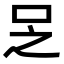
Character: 𠯣